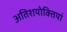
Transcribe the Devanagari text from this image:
अतिशयोक्तियां